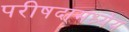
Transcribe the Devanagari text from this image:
परीषदामध्येय